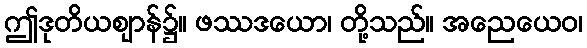
ဤဒုတိယဈာန်၌။ ဖဿဒယော၊ တို့သည်။ အညေယေဝ၊